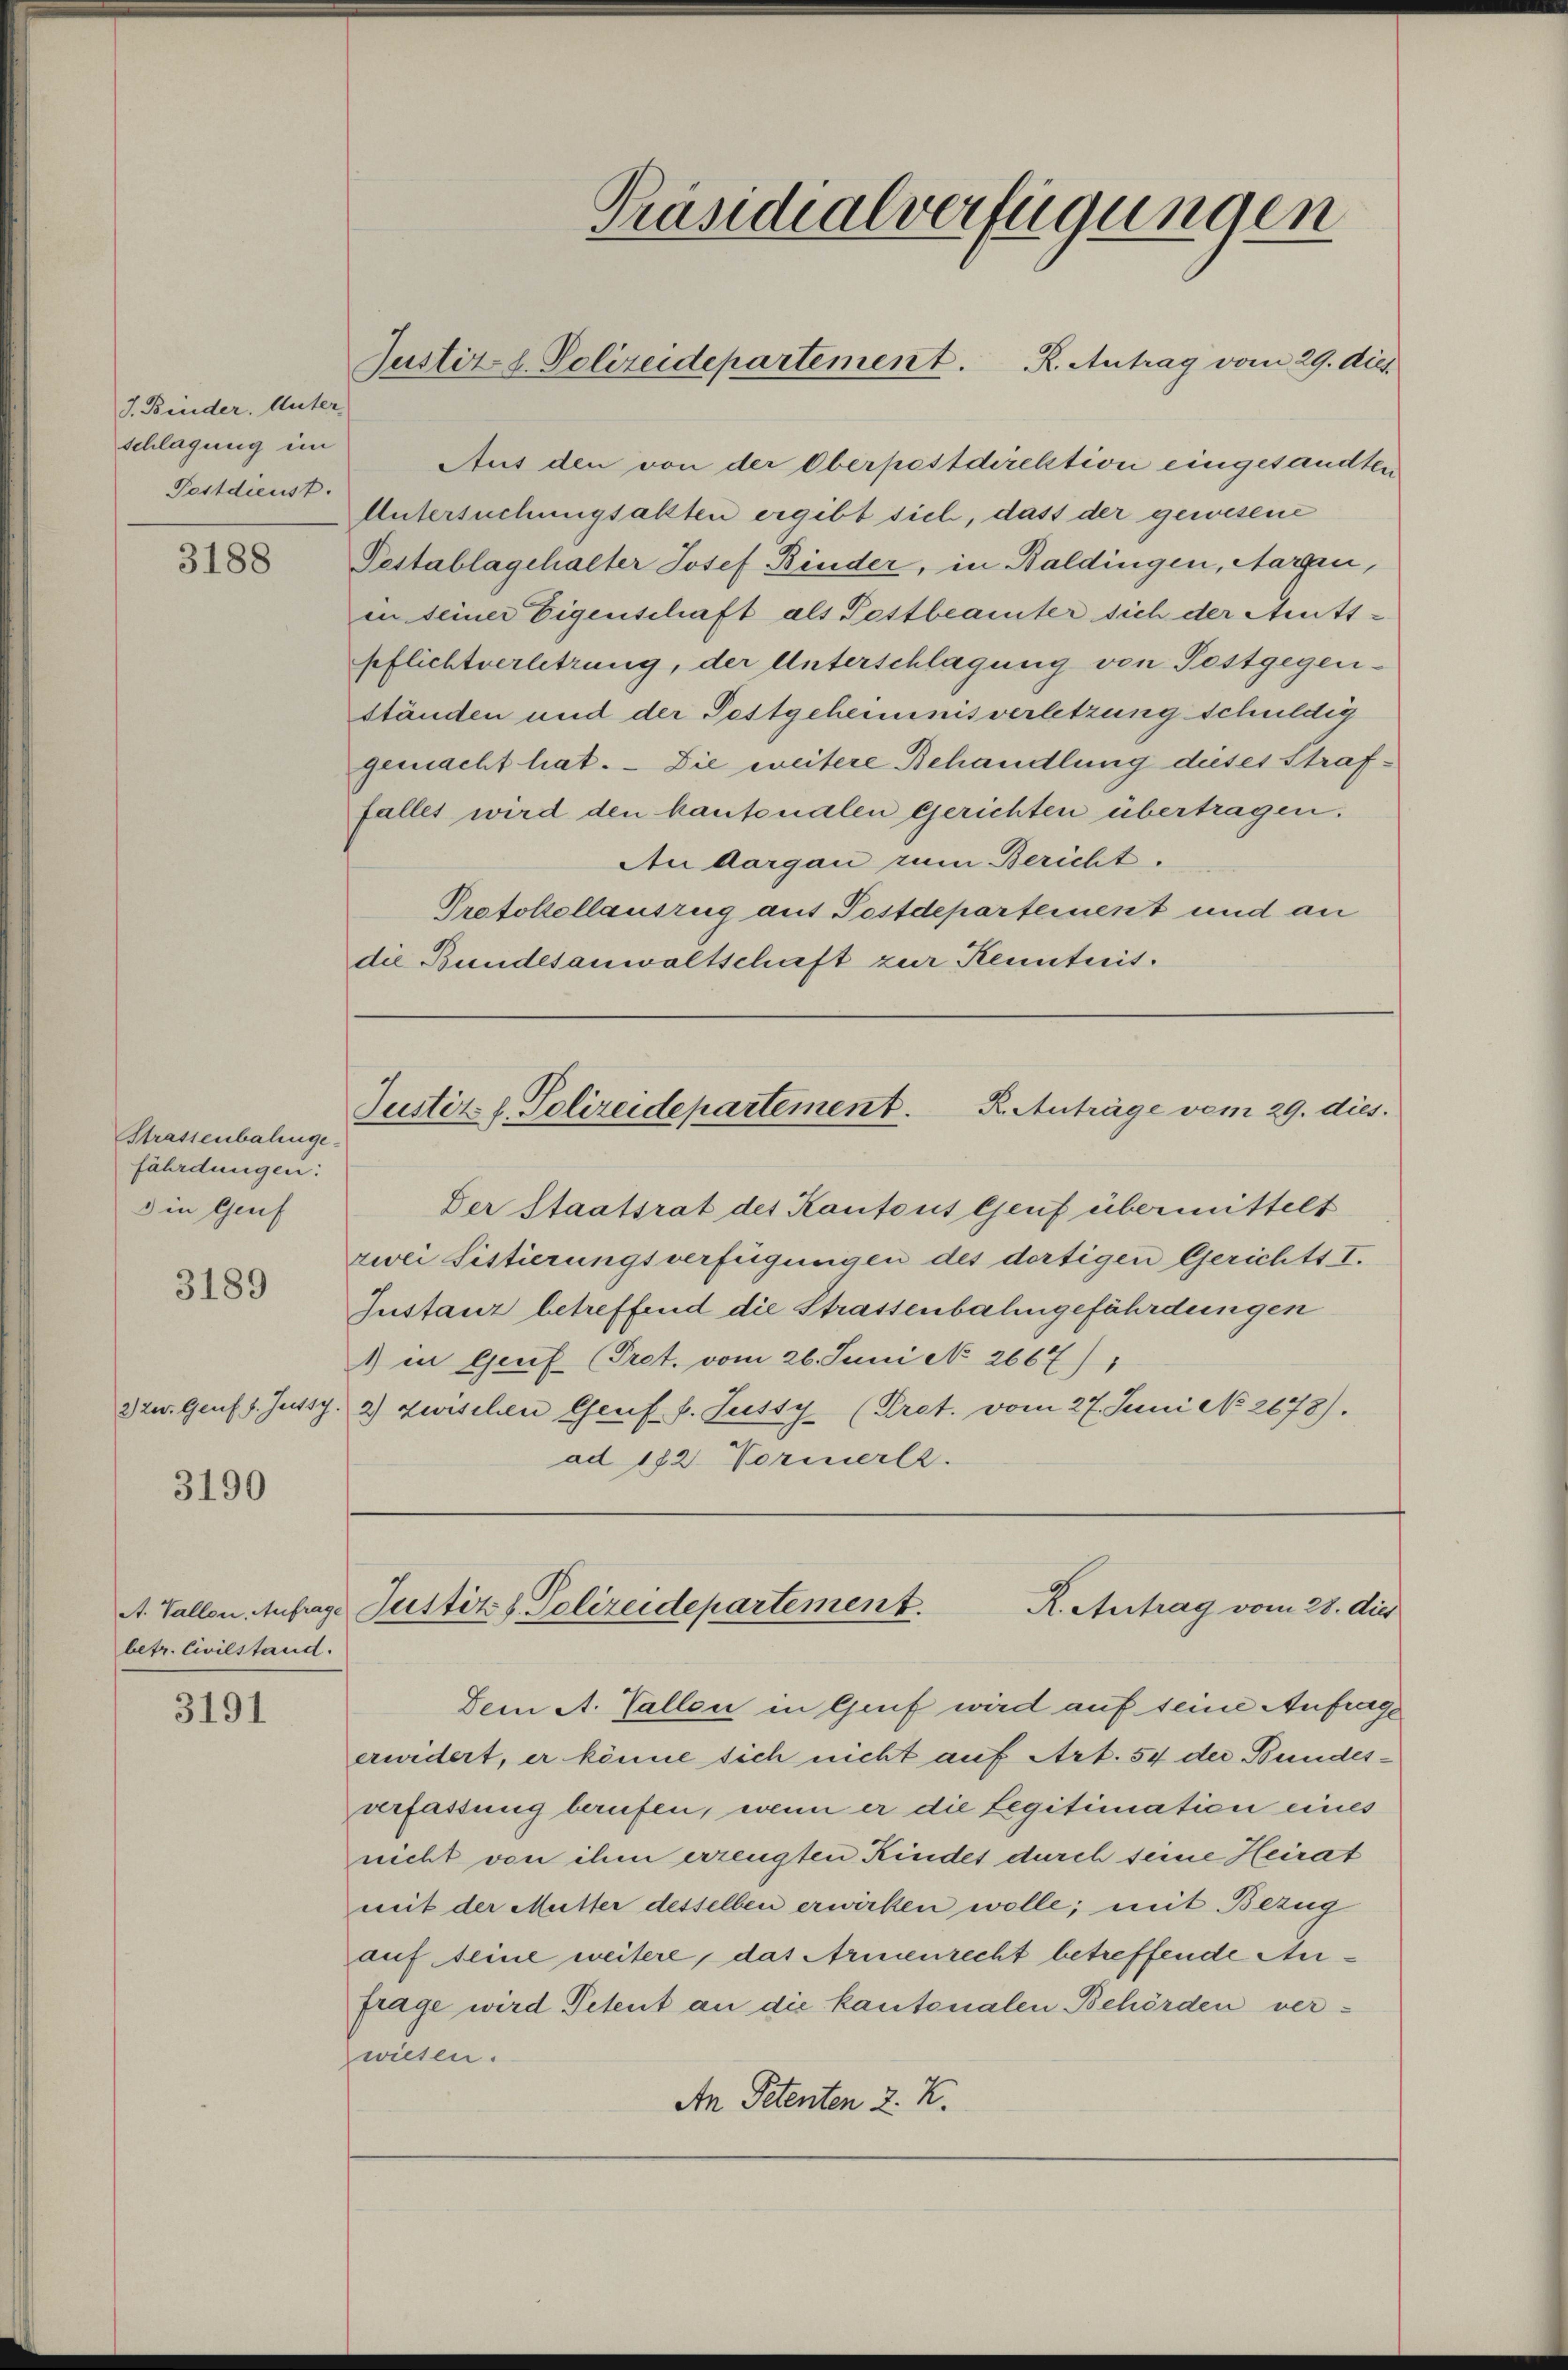
J. Binder. Unter-
schlagung im
Postdienst.

3188

Strassenbahnge-
fährdungen:
3 in Genf

3189

2) zer. Genf 1. Jutsy.

3190

A. Vallon, Aufrage
betr. Civilstand.

3191

Aus den von der Oberpostdirektion eingesandten
Untersuchungsakten ergibt sich, dass der gewesene
Pestablagehalter Josef Binder, in Baldingen, Margen,
in seiner Eigenschaft als Pestbeamter sich der Amts-
pflichtverletzung, der Unterschlagung von Postgegen-
ständen und der Pestgeheimnisverletzung schuldig
gemacht hat. – Die weitere Behandlung dieses Straffalles wird den kantonalen gerichten übertragen.
An Aargau zum Bericht.
Protokollauszug aus Postdepartement und an
die Bundesanwaltschaft zur Kenntnis.

Justizl. Polizeidepartement. R. Antrag vom 29. dies.

Präsidialverfügungen

Justiz- & Polizeidepartement. R. Anträge vom 29. dies

Justiz & Polizeidepartement.
R. Antrag vom 28. dies

Der Staatsrat des Kantons Genf übermittelt
zwei Sistierungsverfügungen des dortigen Gerichts I.
Instanz betreffend die Strassenbahngefährdungen
1) in Genf (Pret. vom 26. Juni No 2667)
2) Zurschen Genf v. Sutty (Pret. vom 27. Juni No 2678).
ad 172. Vormerlr.

Dein A. Gallen in Greif wird auf seine Anfrage
erwidert, er könne sich nicht auf Art. 54 der Bundesverfassung berufen, wenn er die Legitimation eines
nicht von ihm erzeugten Kindes durch seine Heirat
mit der Mutter desselben erwirken wolle; mit Bezug
auf eine weitere, das Armenrecht betreffende Aufrage wird Petent an die kantonalen Behörden ver-
wiesen.
An Petenten 2. K.